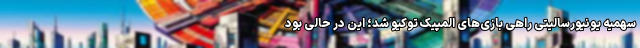
سهمیه یونیورسالیتی راهی بازی‌های المپیک توکیو شد؛ این در حالی بود